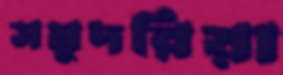
সমুদরিয়া